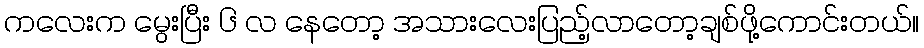
ကလေးက မွေးပြီး ၆ လ နေတော့ အသားလေးပြည့်လာတော့ချစ်ဖို့ကောင်းတယ်။